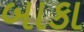
બાકા